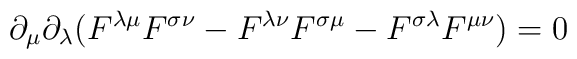
\partial_\mu\partial_\lambda(F^{\lambda\mu}F^{\sigma\nu} -F^{\lambda\nu}F^{\sigma\mu} - F^{\sigma\lambda}F^{\mu\nu}) = 0